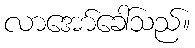
လာအော်ခေါ်သည်။